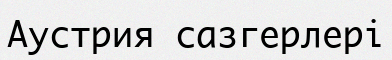
Аустрия сазгерлері